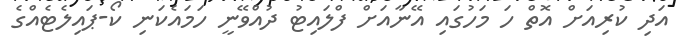
އަދި ކުރިއަށް އޮތް ހަ މަހުގައި އޭނާއަށް ފްލައިިޓު ދުއްވޭނީ ހަމައެކަނި ކޯ-ޕައިލެޓެއްގެ